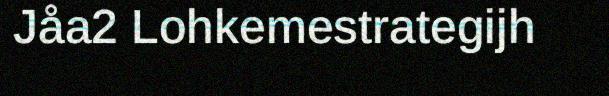
Jåa2 Lohkemestrategijh